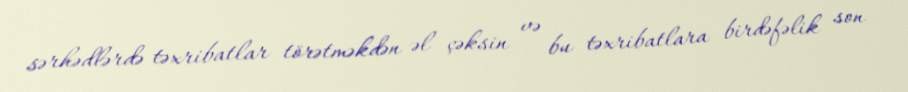
sərhədlərdə təxribatlar törətməkdən əl çəksin və bu təxribatlara birdəfəlik son